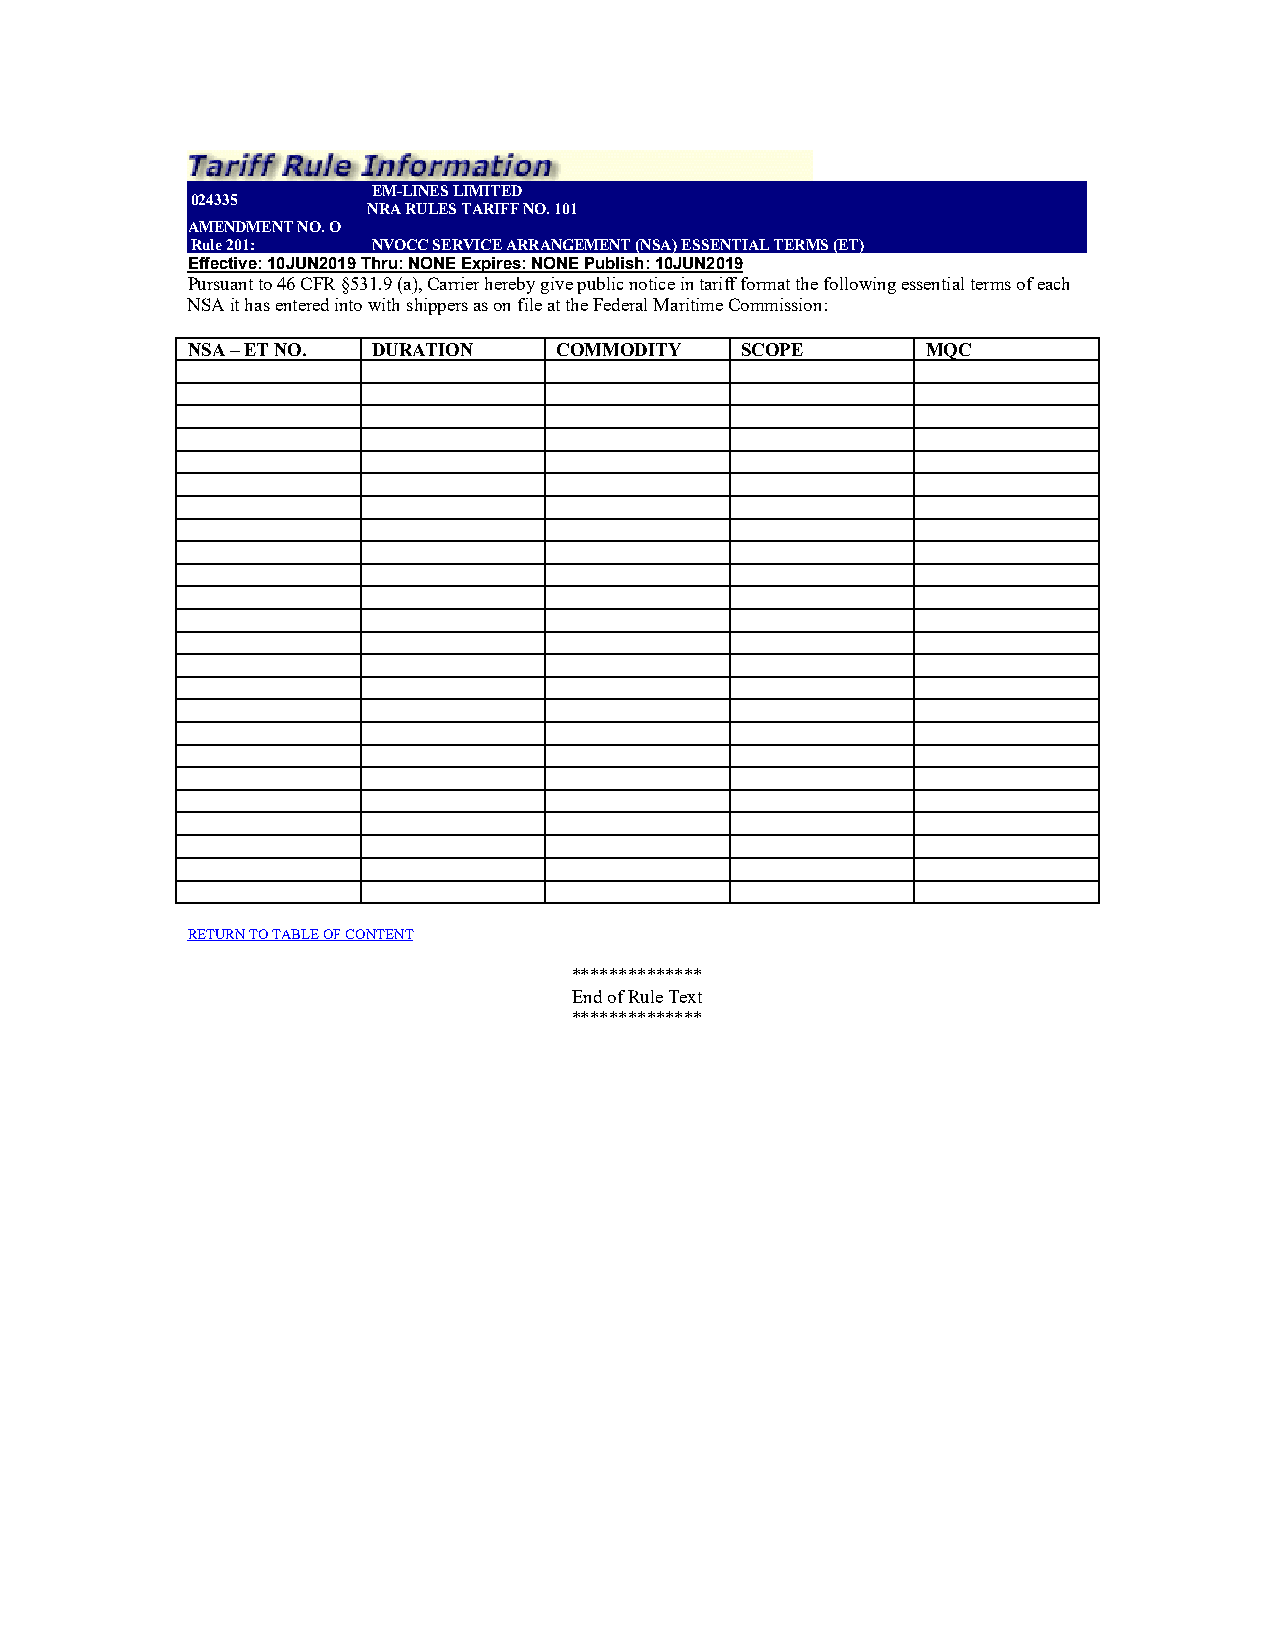
EM-LINES LIMITED
 024335
 NRA RULES TARIFF NO. 101
 AMENDMENT NO. O
 Rule 201:   NVOCC SERVICE ARRANGEMENT (NSA) ESSENTIAL TERMS (ET)
 Effective: 10JUN2019 Thru: NONE Expires: NONE Publish: 10JUN2019
 Pursuant to 46 CFR §531.9 (a), Carrier hereby give public notice in tariff format the following essential terms of each
 NSA it has entered into with shippers as on file at the Federal Maritime Commission:
 NSA – ET NO. DURATION    COMMODITY   SCOPE       MQC
 RETURN TO TABLE OF CONTENT
 **************
 End of Rule Text
 **************